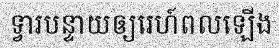
ទ្វារបន្ទាយឲ្យរេហ៍ពលឡើង